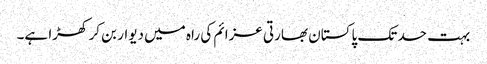
بہت حد تک پاکستان بھارتی عزائم کی راہ میں دیوار بن کر کھڑا ہے۔